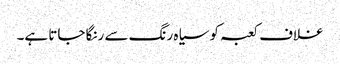
غلاف کعبہ کو سیاہ رنگ سے رنگا جاتا ہے۔